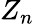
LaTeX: Z_{n}